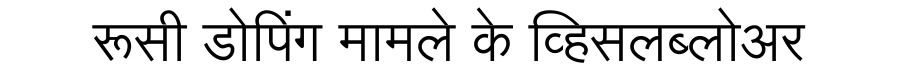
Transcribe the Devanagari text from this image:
रूसी डोपिंग मामले के व्हिसलब्लोअर